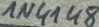
Text: 1N4148